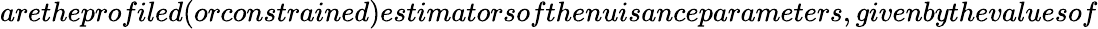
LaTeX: aretheprofiled(orconstrained)estimatorsofthenuisanceparameters,givenbythevaluesof